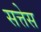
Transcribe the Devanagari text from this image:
सत्तेस